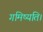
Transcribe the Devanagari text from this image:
गमिष्यति।